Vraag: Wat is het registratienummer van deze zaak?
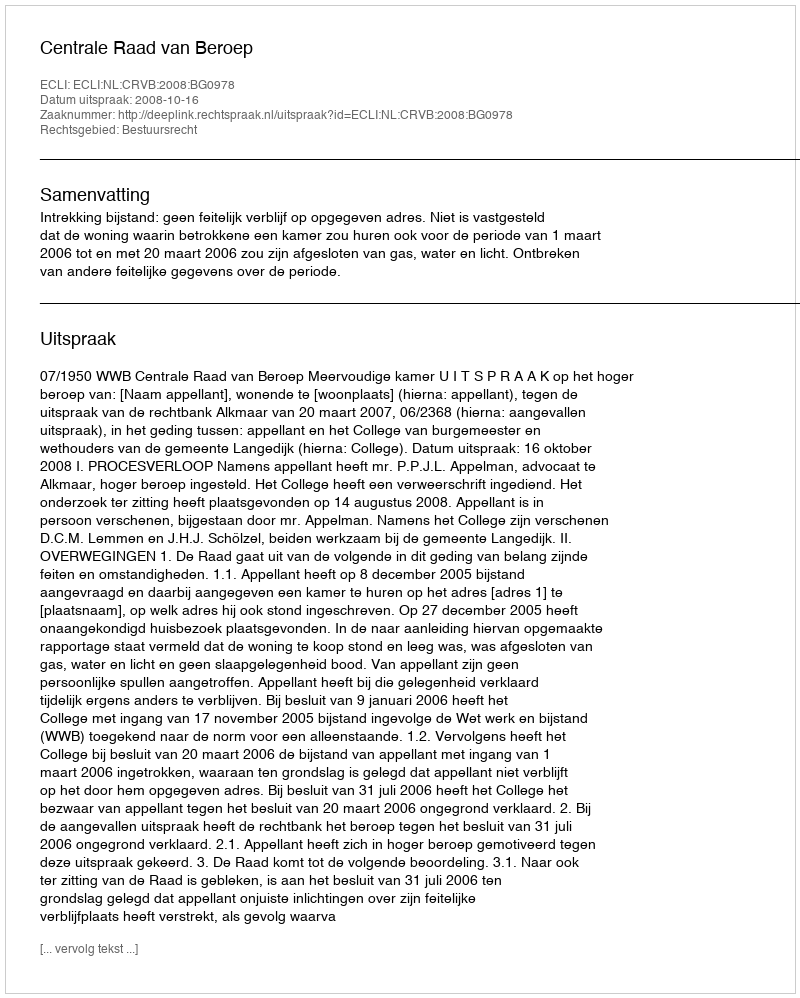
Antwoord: http://deeplink.rechtspraak.nl/uitspraak?id=ECLI:NL:CRVB:2008:BG0978